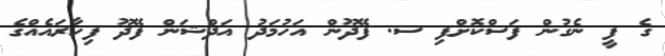
ގެ ފީ ނެގުން ފަސްކޮށްފި ސ. ފޭދޫން އަހުމަދު އަދްޝަން ފޭދޫ ފިހާރައެއްގެ